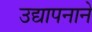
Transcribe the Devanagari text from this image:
उद्यापनाने